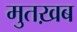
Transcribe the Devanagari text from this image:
मुतख़ब